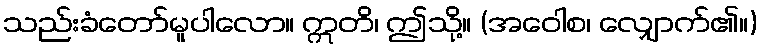
သည်းခံတော်မူပါလော။ ဣတိ၊ ဤသို့။ (အဝေါစ၊ လျှောက်၏။)